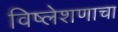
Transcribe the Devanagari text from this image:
विष्लेशणाचा